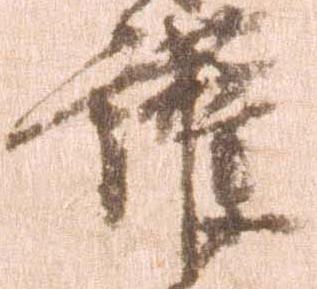
護